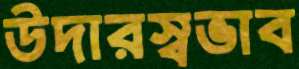
উদারস্বভাব